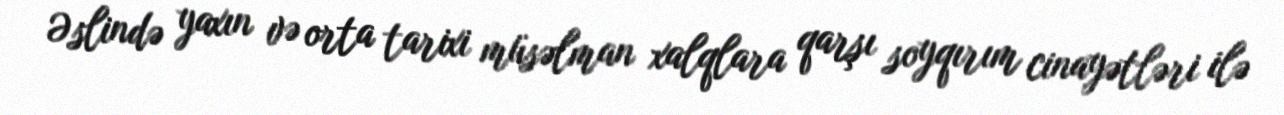
Əslində yaxın və orta tarixi müsəlman xalqlara qarşı soyqırım cinayətləri ilə